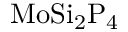
\mathrm { M o S i _ { 2 } P _ { 4 } }